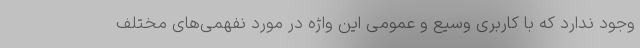
وجود ندارد که با کاربری وسیع و عمومی این واژه در مورد نفهمی‌های مختلف